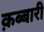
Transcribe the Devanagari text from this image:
क़ब्बारी